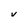
Character: V